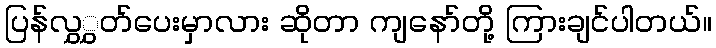
ပြန်လွှွှတ်ပေးမှာလား ဆိုတာ ကျနော်တို့ ကြားချင်ပါတယ်။